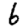
Digit: 6